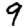
Digit: 9